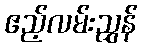
ဧည့်လမ်းညွှန်